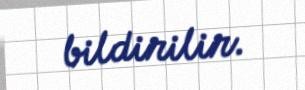
bildirilir.